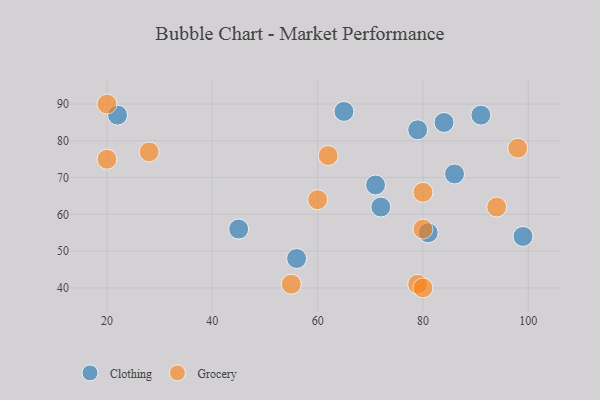
{"axis": {"x": "GDP", "y": "Life Expectancy"}, "legend": ["Clothing", "Grocery"], "data": [{"x": "56", "y": 48, "type": "Clothing"}, {"x": "99", "y": 54, "type": "Clothing"}, {"x": "79", "y": 83, "type": "Clothing"}, {"x": "91", "y": 87, "type": "Clothing"}, {"x": "81", "y": 55, "type": "Clothing"}, {"x": "72", "y": 62, "type": "Clothing"}, {"x": "86", "y": 71, "type": "Clothing"}, {"x": "65", "y": 88, "type": "Clothing"}, {"x": "22", "y": 87, "type": "Clothing"}, {"x": "84", "y": 85, "type": "Clothing"}, {"x": "45", "y": 56, "type": "Clothing"}, {"x": "71", "y": 68, "type": "Clothing"}, {"x": "94", "y": 62, "type": "Grocery"}, {"x": "98", "y": 78, "type": "Grocery"}, {"x": "28", "y": 77, "type": "Grocery"}, {"x": "62", "y": 76, "type": "Grocery"}, {"x": "79", "y": 41, "type": "Grocery"}, {"x": "80", "y": 66, "type": "Grocery"}, {"x": "55", "y": 41, "type": "Grocery"}, {"x": "20", "y": 75, "type": "Grocery"}, {"x": "80", "y": 40, "type": "Grocery"}, {"x": "20", "y": 90, "type": "Grocery"}, {"x": "60", "y": 64, "type": "Grocery"}, {"x": "80", "y": 56, "type": "Grocery"}]}